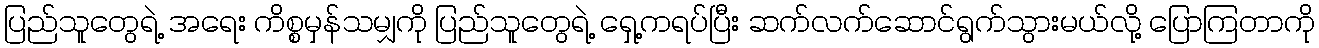
ပြည်သူတွေရဲ့ အရေး ကိစ္စမှန်သမျှကို ပြည်သူတွေရဲ့ ရှေ့ကရပ်ပြီး ဆက်လက်ဆောင်ရွက်သွားမယ်လို့ ပြောကြတာကို